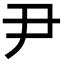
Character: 尹